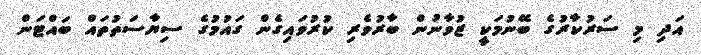
އަދި މި ސަރުކާރުގެ ބޭނުމަކީ ޒުވާނުން ބާރުވެރި ކުރުވައިގެން ގައުމުގެ ސިޔާސަތުތައް ބައްޓަން